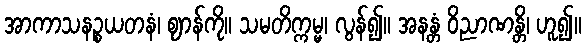
အာကာသနဉ္စယတနံ၊ ဈာန်ကို။ သမတိက္ကမ္မ၊ လွန်၍။ အနန္တံ ဝိညာဏန္တိ၊ ဟူ၍။